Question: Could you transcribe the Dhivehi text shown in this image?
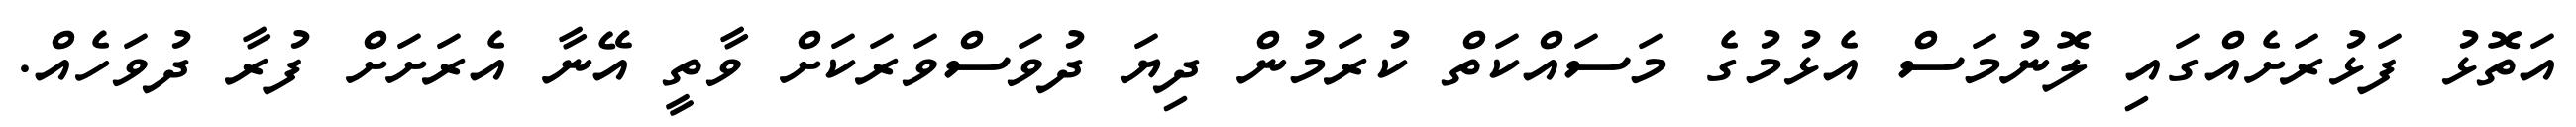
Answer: އަތޮޅު ފަޅުރަށެއްގައި ލޮނުމަސް އެޅުމުގެ މަސައްކަތް ކުރަމުން ދިޔަ ދުވަސްވަރަކަށް ވާތީ އޭނާ އެރަށަށް ފުރާ ދުވަހެއް.